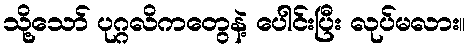
သို့သော် ပုဂ္ဂလိကတွေနဲ့ ပေါင်းပြီး လုပ်မလား။